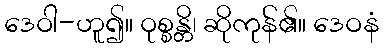
ဒေဝါ-ဟူ၍။ ဝုစ္စန္တိ၊ ဆိုကုန်၏။ ဒေဝနံ